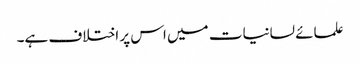
علمائے لسانیات میں اس پر اختلاف ہے۔